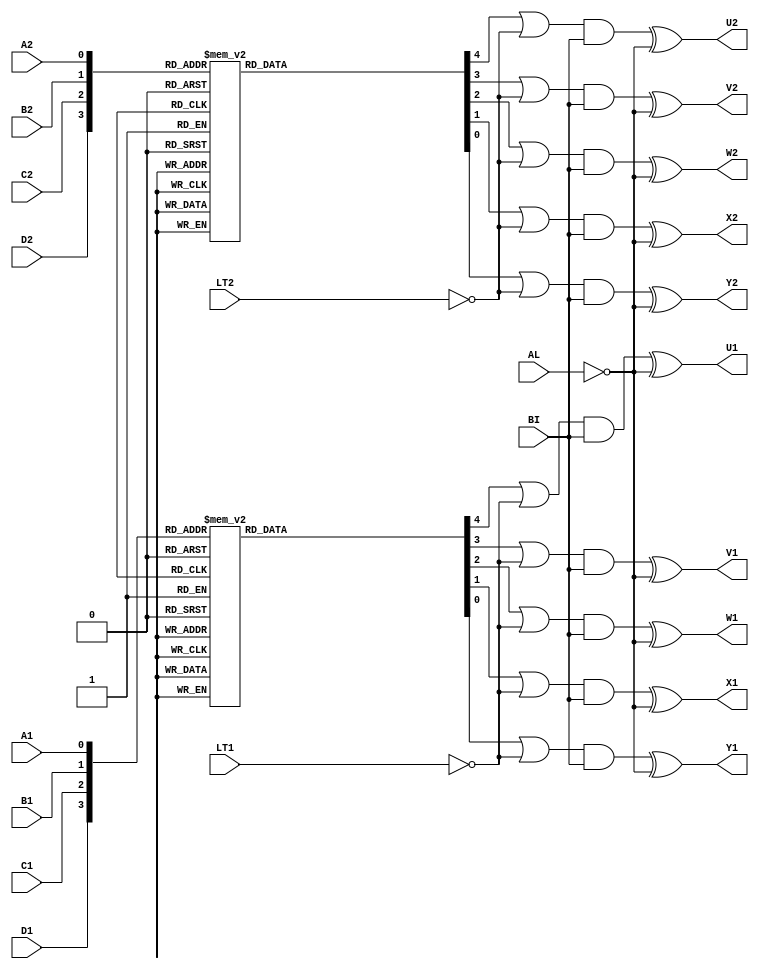
module dual_cistercian_decoder (
	BI, AL,
	LT1, A1, B1, C1, D1,
	LT2, A2, B2, C2, D2,
	U1, V1, W1, X1, Y1,
	U2, V2, W2, X2, Y2
);

	input BI, AL;
	input LT1, A1, B1, C1, D1;
	input LT2, A2, B2, C2, D2;
	output U1, V1, W1, X1, Y1;
	output U2, V2, W2, X2, Y2;

	wire [3:0] value1;
	wire [3:0] value2;
	assign value1 = {D1, C1, B1, A1};
	assign value2 = {D2, C2, B2, A2};

	reg [4:0] data1;
	reg [4:0] data2;
	assign U1 = ((data1[4] | ~LT1) & BI) ^ ~AL;
	assign V1 = ((data1[3] | ~LT1) & BI) ^ ~AL;
	assign W1 = ((data1[2] | ~LT1) & BI) ^ ~AL;
	assign X1 = ((data1[1] | ~LT1) & BI) ^ ~AL;
	assign Y1 = ((data1[0] | ~LT1) & BI) ^ ~AL;
	assign U2 = ((data2[4] | ~LT2) & BI) ^ ~AL;
	assign V2 = ((data2[3] | ~LT2) & BI) ^ ~AL;
	assign W2 = ((data2[2] | ~LT2) & BI) ^ ~AL;
	assign X2 = ((data2[1] | ~LT2) & BI) ^ ~AL;
	assign Y2 = ((data2[0] | ~LT2) & BI) ^ ~AL;

	always @(value1) begin
		case (value1)
			0: data1 = 5'b00000;
			1: data1 = 5'b10000;
			2: data1 = 5'b01000;
			3: data1 = 5'b00100;
			4: data1 = 5'b00010;
			5: data1 = 5'b10010;
			6: data1 = 5'b00001;
			7: data1 = 5'b10001;
			8: data1 = 5'b01001;
			9: data1 = 5'b11001;
			10: data1 = 5'b11110;
			11: data1 = 5'b10011;
			12: data1 = 5'b11101;
			13: data1 = 5'b11011;
			14: data1 = 5'b10111;
			15: data1 = 5'b01111;
		endcase
	end

	always @(value2) begin
		case (value2)
			0: data2 = 5'b00000;
			1: data2 = 5'b10000;
			2: data2 = 5'b01000;
			3: data2 = 5'b00100;
			4: data2 = 5'b00010;
			5: data2 = 5'b10010;
			6: data2 = 5'b00001;
			7: data2 = 5'b10001;
			8: data2 = 5'b01001;
			9: data2 = 5'b11001;
			10: data2 = 5'b11110;
			11: data2 = 5'b10011;
			12: data2 = 5'b11101;
			13: data2 = 5'b11011;
			14: data2 = 5'b10111;
			15: data2 = 5'b01111;
		endcase
	end

endmodule